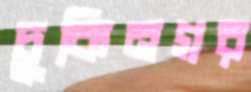
চুকিনগর